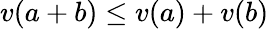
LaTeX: v(a+b)\leq v(a)+v(b)